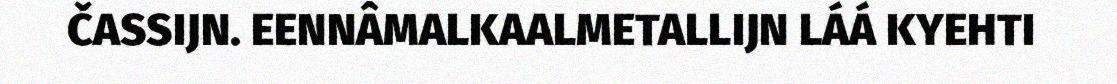
ČASSIJN. EENNÂMALKAALMETALLIJN LÁÁ KYEHTI